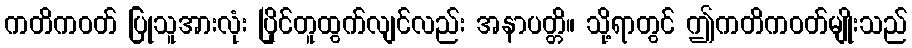
ကတိကဝတ် ပြုသူအားလုံး ပြိုင်တူထွက်လျင်လည်း အနာပတ္တိ။ သို့ရာတွင် ဤကတိကဝတ်မျိုးသည်